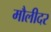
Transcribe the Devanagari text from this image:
मौलीदर